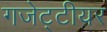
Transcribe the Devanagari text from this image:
गजेट्टीयर